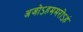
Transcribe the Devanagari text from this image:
अजोऽहममरोऽहं